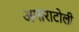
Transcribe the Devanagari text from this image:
अगाराटोली